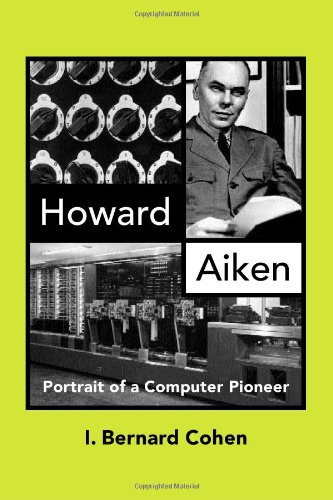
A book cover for Howard Aiken: Portrait of a Computer Pioneer (History of Computing); I. Bernard Cohen; Computers & Technology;